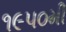
૧૯૫૦મી